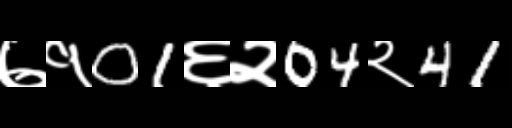
Text: ७१01६२04२41